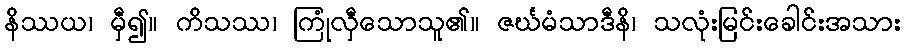
နိဿယ၊ မှီ၍။ ကိသဿ၊ ကြုံလှီသောသူ၏။ ဇင်္ဃမံသာဒီနိ၊ သလုံးမြင်းခေါင်းအသား